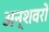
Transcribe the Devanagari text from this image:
अन्शवरों